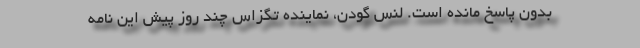
بدون پاسخ مانده است. لنس گودن، نماینده تگزاس چند روز پیش این نامه